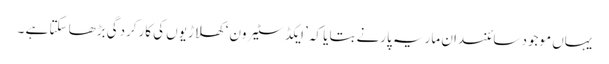
یہاں موجود سائنسدان ماریہ پارنے بتایا کہ ’ایکڈ سٹیرون‘ کھلاڑیوں کی کارکردگی بڑھا سکتا ہے ۔